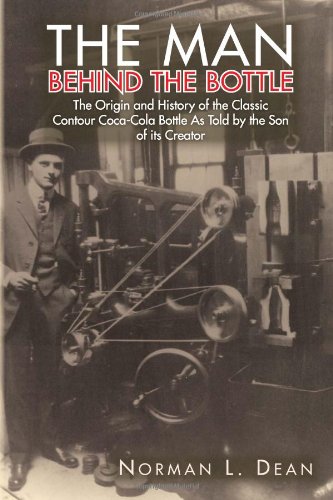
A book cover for The Man Behind The Bottle: The Origin and History of the Classic Contour Coca-Cola Bottle As Told By The Son Of Its Creator; Norman L Dean; Crafts, Hobbies & Home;